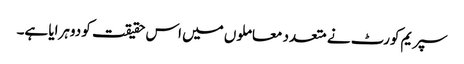
سپریم کورٹ نے متعدد معاملوں میں اس حقیقت کو دوہرایا ہے۔